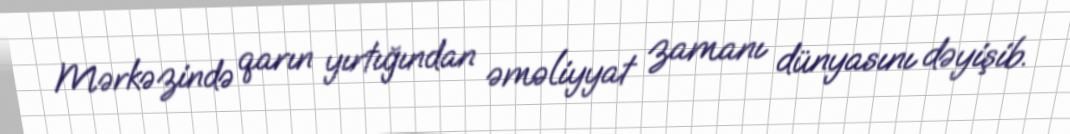
Mərkəzində qarın yırtığından əməliyyat zamanı dünyasını dəyişib.